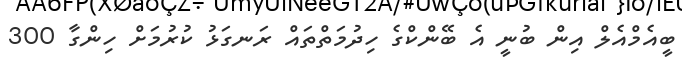
ބީއެމްއެލް އިން ބުނީ އެ ބޭންކްގެ ހިދުމަތްތައް ރަނގަޅު ކުރުމަށް ހިންގާ 300